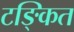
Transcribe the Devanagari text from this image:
टङ्कित